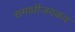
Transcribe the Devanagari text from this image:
समाधीजवळच